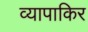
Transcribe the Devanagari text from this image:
व्यापाकिर